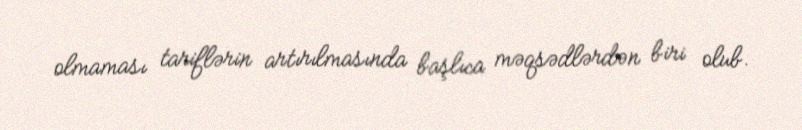
olmaması tariflərin artırılmasında başlıca məqsədlərdən biri olub.